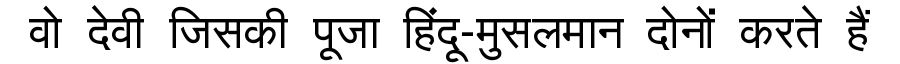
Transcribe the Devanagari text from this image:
वो देवी जिसकी पूजा हिंदू-मुसलमान दोनों करते हैं